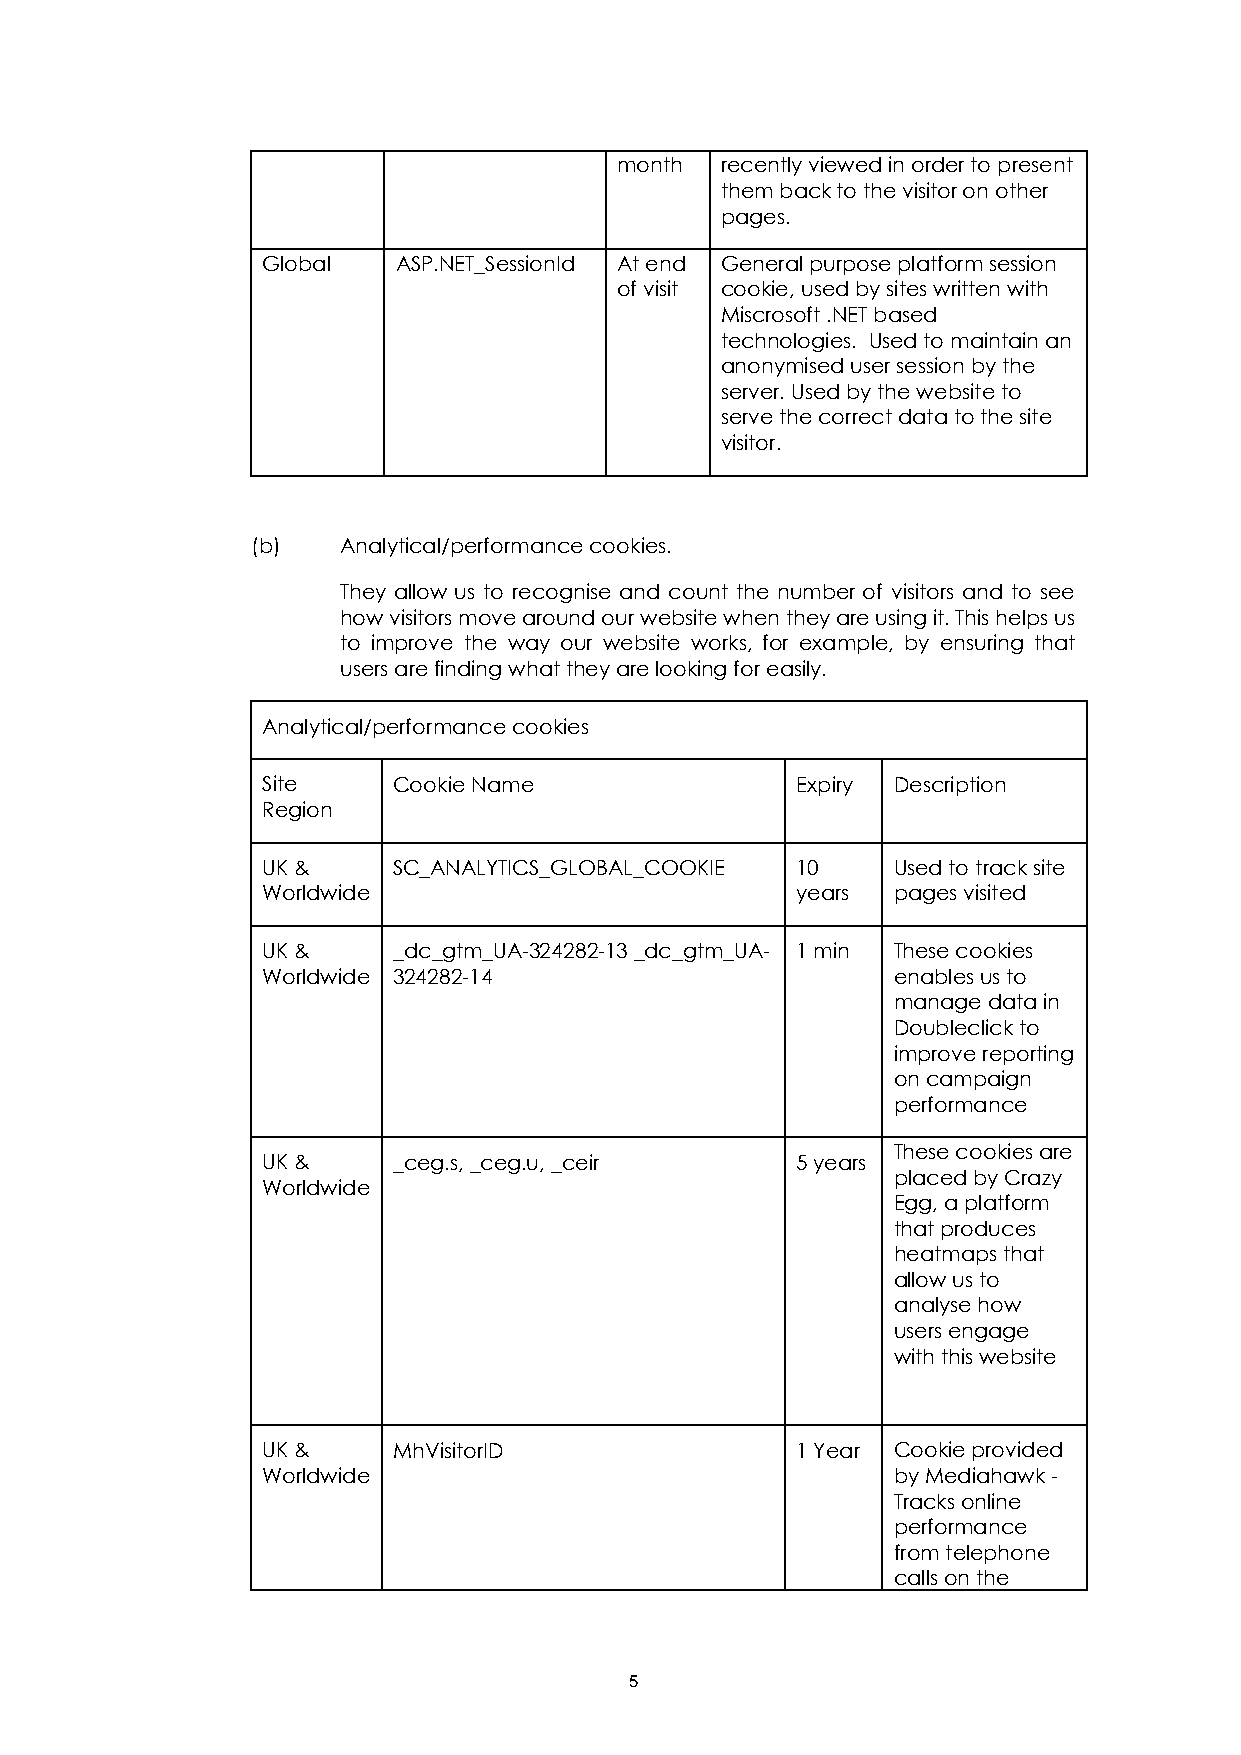
month  recently viewed in order to present
 them back to the visitor on other
 pages.
 Global   ASP.NET_SessionId At end General purpose platform session
 of visit cookie, used by sites written with
 Miscrosoft .NET based
 technologies. Used to maintain an
 anonymised user session by the
 server. Used by the website to
 serve the correct data to the site
 visitor.
 (b)   Analytical/performance cookies.
 They allow us to recognise and count the number of visitors and to see
 how visitors move around our website when they are using it. This helps us
 to improve the way our website works, for example, by ensuring that
 users are finding what they are looking for easily.
 Analytical/performance cookies
 Site     Cookie Name                Expiry Description
 Region
 UK &     SC_ANALYTICS_GLOBAL_COOKIE 10    Used to track site
 Worldwide                           years pages visited
 UK &     _dc_gtm_UA-324282-13 _dc_gtm_UA- 1 min These cookies
 Worldwide 324282-14                       enables us to
 manage data in
 Doubleclick to
 improve reporting
 on campaign
 performance
 These cookies are
 UK &     _ceg.s, _ceg.u, _ceir      5 years
 placed by Crazy
 Worldwide
 Egg, a platform
 that produces
 heatmaps that
 allow us to
 analyse how
 users engage
 with this website
 UK &     MhVisitorID                1 Year Cookie provided
 Worldwide                                 by Mediahawk -
 Tracks online
 performance
 from telephone
 calls on the
 5